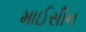
માઈસીન